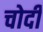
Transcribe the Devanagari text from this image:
चोदी